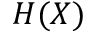
H ( X )